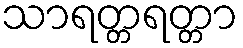
သာရတ္တရတ္တာ